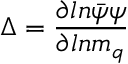
\Delta = { \frac { \partial l n \bar { \psi } \psi } { \partial l n m _ { q } } }